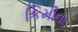
કિમીના